Document type: Emphyteutic lease
Year: 1473
Scribe: [Unknown]
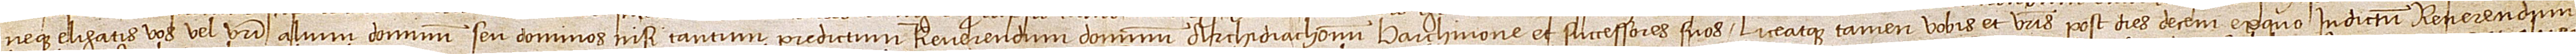
neque eligatis vos vel vestri alium dominum seu dominos nisi tantum predictum reverendum dominum archidiaconum Barchinone et successores suos. Liceatque tamen vobis et vestris post dies decem ex quo in dictum reverendum